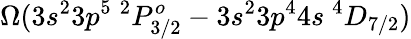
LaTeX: \Omega(3s^{2}3p^{5}~^{2}P_{3/2}^{o}-3s^{2}3p^{4}4s~^{4}D_{7/2})